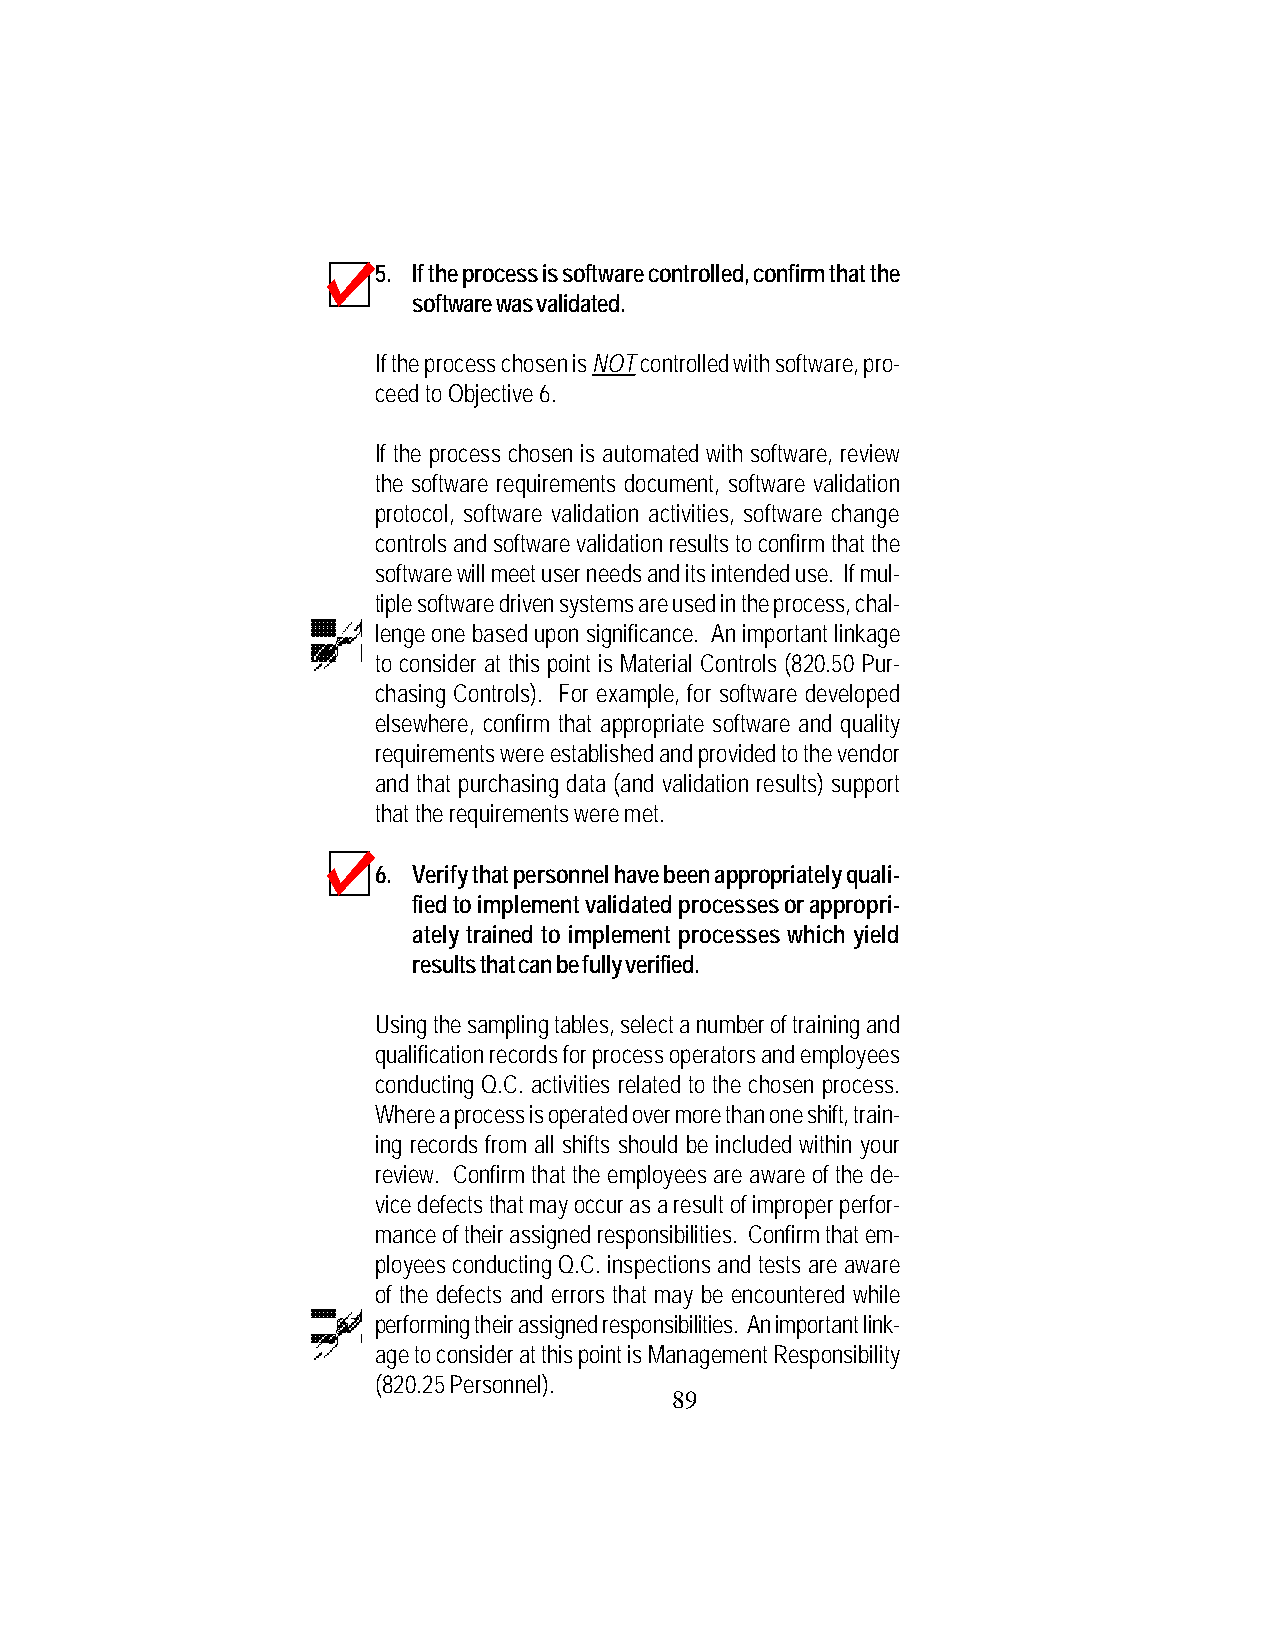
5. If the process is software controlled, confirm that the
 software was validated.
 If the process chosen is NOT controlled with software, pro-
 ceed to Objective 6.
 If the process chosen is automated with software, review
 the software requirements document, software validation
 protocol, software validation activities, software change
 controls and software validation results to confirm that the
 software will meet user needs and its intended use. If mul-
 tiple software driven systems are used in the process, chal-
 lenge one based upon significance. An important linkage
 to consider at this point is Material Controls (820.50 Pur-
 chasing Controls). For example, for software developed
 elsewhere, confirm that appropriate software and quality
 requirements were established and provided to the vendor
 and that purchasing data (and validation results) support
 that the requirements were met.
 6. Verify that personnel have been appropriately quali-
 fied to implement validated processes or appropri-
 ately trained to implement processes which yield
 results that can be fully verified.
 Using the sampling tables, select a number of training and
 qualification records for process operators and employees
 conducting Q.C. activities related to the chosen process.
 Where a process is operated over more than one shift, train-
 ing records from all shifts should be included within your
 review. Confirm that the employees are aware of the de-
 vice defects that may occur as a result of improper perfor-
 mance of their assigned responsibilities. Confirm that em-
 ployees conducting Q.C. inspections and tests are aware
 of the defects and errors that may be encountered while
 performing their assigned responsibilities. An important link-
 age to consider at this point is Management Responsibility
 (820.25 Personnel).
 89